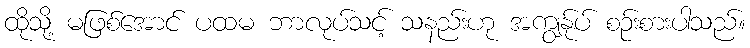
ထိုသို့ မဖြစ်အောင် ပထမ ဘာလုပ်သင့် သနည်းဟု အကျွန်ုပ် စဉ်းစားပါသည်။